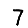
Digit: 7